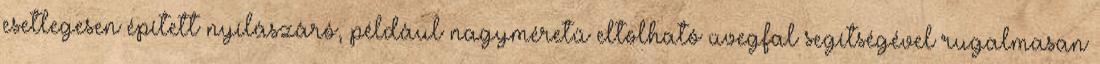
esetlegesen épített nyílászáró, például nagyméretű eltolható üvegfal segítségével rugalmasan